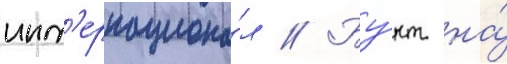
инт'ернациона́л // Бу́нт на́